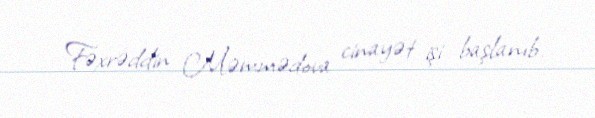
Fəxrəddin Məmmədova cinayət işi başlanıb.